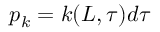
p _ { k } = k ( L , \tau ) d \tau